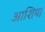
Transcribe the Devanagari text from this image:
आशिय।